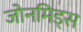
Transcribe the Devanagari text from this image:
जोनमिड्स